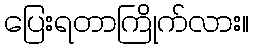
ပြေးရတာကြိုက်လား။